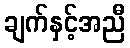
ချက်နှင့်အညီ